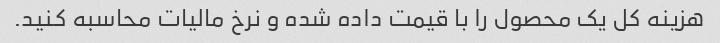
هزینه کل یک محصول را با قیمت داده شده و نرخ مالیات محاسبه کنید.